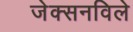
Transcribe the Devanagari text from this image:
जेक्सनविले